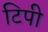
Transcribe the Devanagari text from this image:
टिपी